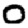
Digit: 0